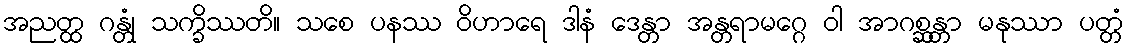
အညတ္ထ ဂန္တုံ သက္ခိဿတိ။ သစေ ပနဿ ဝိဟာရေ ဒါနံ ဒေန္တာ အန္တရာမဂ္ဂေ ဝါ အာဂစ္ဆန္တာ မနုဿာ ပတ္တံ